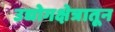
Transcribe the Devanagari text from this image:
उद्योगक्षेत्रातून